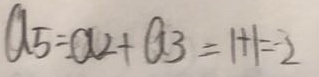
a _ { 5 } = a _ { 2 } + a _ { 3 } = 1 + 1 = 2